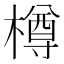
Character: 樽